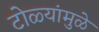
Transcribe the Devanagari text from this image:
टोळ्यांमुळे